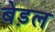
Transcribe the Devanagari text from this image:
बेड़ल